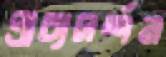
প্রাচ্যদর্শন